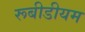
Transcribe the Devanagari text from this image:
रूबीडीयम